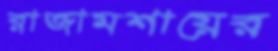
রাজামশায়ের